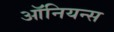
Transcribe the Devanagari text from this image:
ऑनियन्स